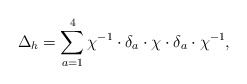
\begin{align*}\Delta _{h} = \sum _{a=1}^{4} \chi ^{-1}\cdot \delta _{a} \cdot \chi\cdot \delta _{a} \cdot \chi ^{-1},\end{align*}